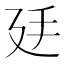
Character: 𢌜